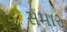
સમાર